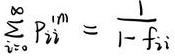
$\sum_{i=0}^{\infty} P_{i i}^{1^{m}}=\frac{1}{1-f_{i i}}$